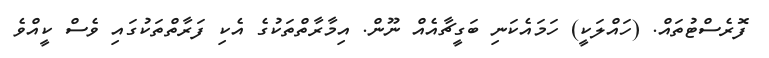
ފޮރެސްޓުތައް. (ހައްލަކީ) ހަމައެކަނި ބަގީޗާއެއް ނޫން. އިމާރާތްތަކުގެ އެކި ފަރާތްތަކުގައި ވެސް ކީއްވެ